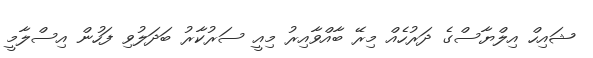
ޝައިހް އިލްޔާސްގެ ދަރުހެއް މިރޭ ބާއްވާއިރު މިއީ ސަރުކާރު ބަދަލުވި ފަހުން އިސްލާމީ